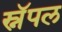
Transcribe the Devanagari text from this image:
स्नॅपल